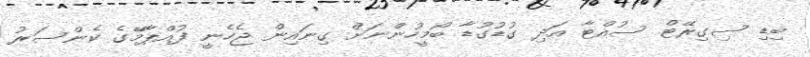
ބިޑި ސިގިރޭޓް ސުއްޓާ އަދި ގުޑުގުޑާ ބޯމީހުންނަށް ގިނައިން ޖެހެނީ ފުއްޕާމޭގެ ކެންސަރު